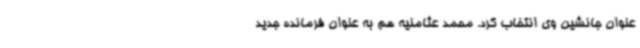
عنوان جانشین وی انتخاب کرد. محمد عثامنیه هم به عنوان فرمانده جدید